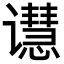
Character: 𬤭